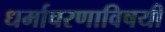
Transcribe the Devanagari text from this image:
धर्माचरणाविषयी